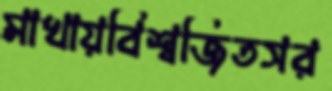
মাখায়বিশ্বজিতসর